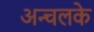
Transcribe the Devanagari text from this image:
अन्चलके